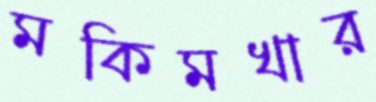
মকিমখার